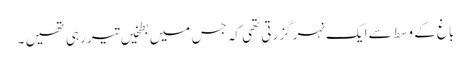
باغ کے وسط سے ایک نہر گزرتی تھی کہ جس میں بطخیں تیر رہی تھیں ۔